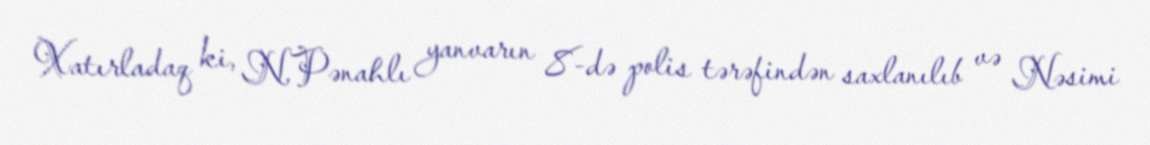
Xatırladaq ki, N.Pənahlı yanvarın 8-də polis tərəfindən saxlanılıb və Nəsimi